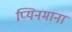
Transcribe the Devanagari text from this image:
प्यिनमाना